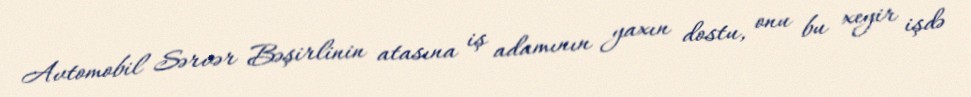
Avtomobil Sərvər Bəşirlinin atasına iş adamının yaxın dostu, onu bu xeyir işdə